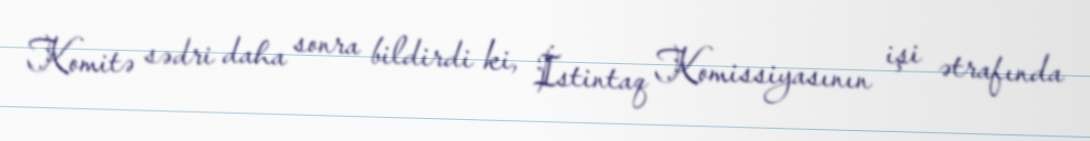
Komitə sədri daha sonra bildirdi ki, İstintaq Komissiyasının işi ətrafında